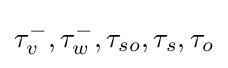
\tau _{v}^{-},\tau _{w}^{-},\tau _{so},\tau _{s},\tau _{o}